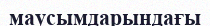
маусымдарындағы